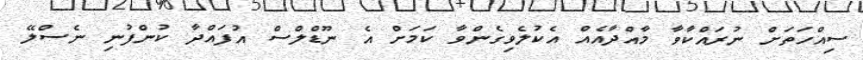
ސިއްހަތަށް ނުރައްކާވާ މާއްދާއެއް އެކުލެވިގެންވާ ކަމަށް އެ ނޫޑްލްސް އުފައްދާ ކުންފުނި ނެސްލޭ